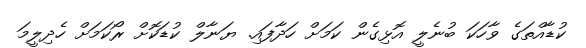
ކުޑާއްތަގެ ވާހަކަ ބުނެލީ އޮޅިގެން ކަމަށް ހަދާފައި. ޔަނާލް ކުޑަކޮށް ރޯކަމަށް ހެދިލީމަ